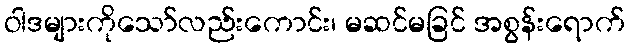
ဝါဒများကိုသော်လည်းကောင်း၊ မဆင်မခြင် အစွန်းရောက်